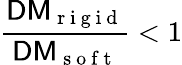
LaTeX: \frac{\textsf{DM}_{\mathrm{~r~i~g~i~d~}}}{\textsf{DM}_{\mathrm{~s~o~f~t~}}}<1